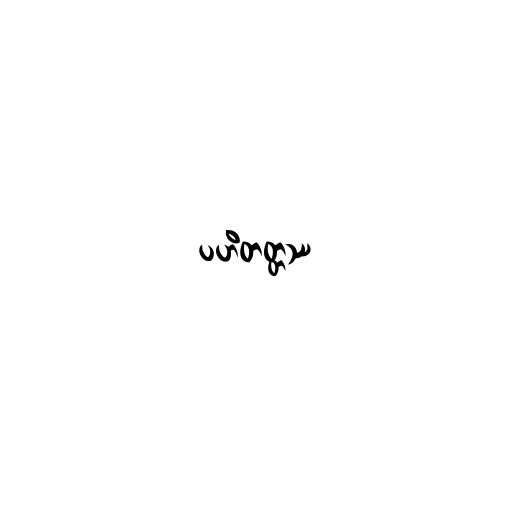
ပဟိတတ္တဿ